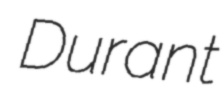
Durant